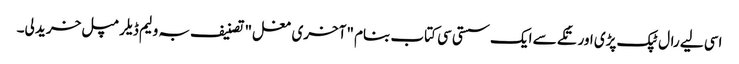
اسی لیے رال ٹپک پڑی اور تُکے سے ایک سستی سی کتاب بنام "آخری مغل" تصنیف بہ ولیم ڈیلرمپل خرید لی۔